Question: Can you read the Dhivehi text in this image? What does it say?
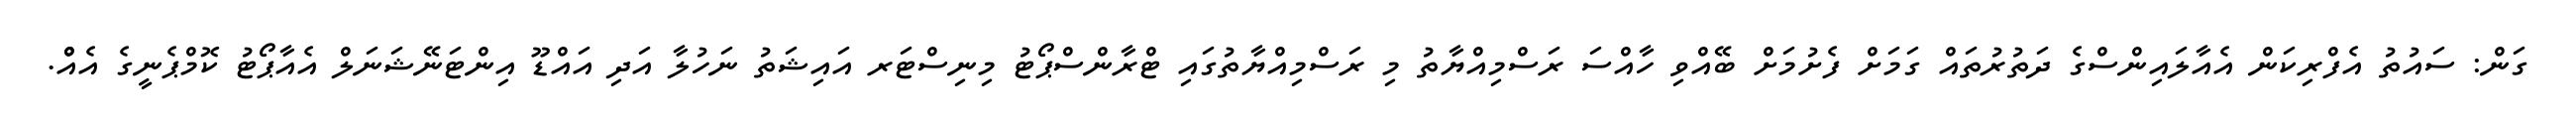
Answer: ގަން: ސައުތު އެފްރިކަން އެއާލައިންސްގެ ދަތުރުތައް ގަމަށް ފެށުމަށް ބޭއްވި ހާއްސަ ރަސްމިއްޔާތު މި ރަސްމިއްޔާތުގައި ޓްރާންސްޕޯޓު މިނިސްޓަރ އައިޝަތު ނަހުލާ އަދި އައްޑޫ އިންޓަނޭޝަނަލް އެއާޕޯޓު ކޮމްޕެނީގެ އެއްް.